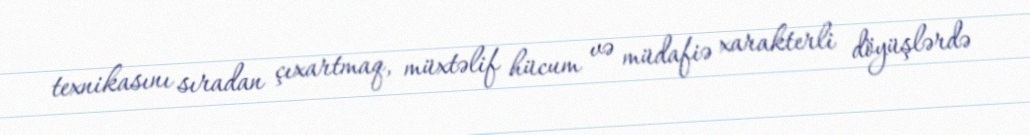
texnikasını sıradan çıxartmaq, müxtəlif hücum və müdafiə xarakterli döyüşlərdə